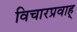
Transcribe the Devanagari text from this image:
विचारप्रवाह्